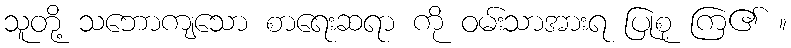
သူတို့ သဘောကျသော စာရေးဆရာ ကို ဝမ်းသာအားရ ပြုစု ကြ၏ ။